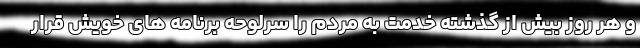
و هر روز بیش از گذشته خدمت به مردم را سرلوحه برنامه های خویش قرار